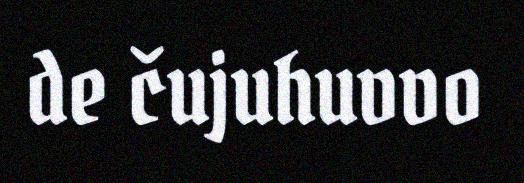
de čujuhuvvo